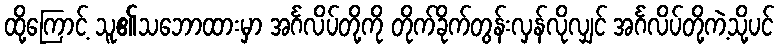
ထို့ကြောင့် သူ၏သဘောထားမှာ အင်္ဂလိပ်တို့ကို တိုက်ခိုက်တွန်းလှန်လိုလျှင် အင်္ဂလိပ်တို့ကဲ့သို့ပင်